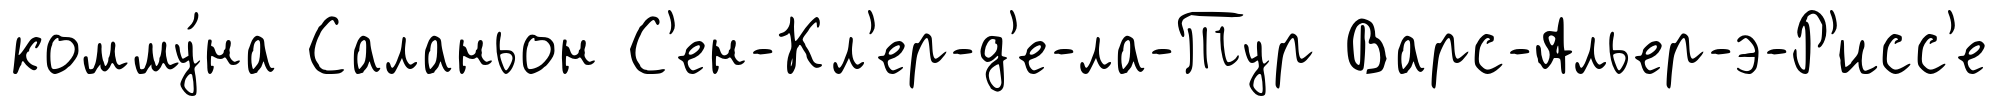
комму́на Саланьон С'ен-Кл'ер-д'е-ла-Тур Варс-Альер-э-Р'исс'е